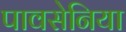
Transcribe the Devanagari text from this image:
पावसेनिया